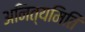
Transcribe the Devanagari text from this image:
अनित्यमिति